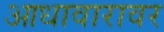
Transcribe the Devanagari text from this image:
आधावारावर